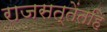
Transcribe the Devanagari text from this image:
राजसत्तेंतहि